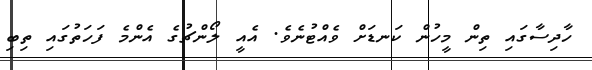
ހާދިސާގައި ތިން މީހުން ކަނޑަށް ވެއްޓުނެވެ. އެއީ ލޯންޗުގެ އެންމެ ފަހަތުގައި ތިބި